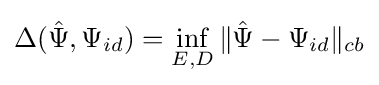
\Delta ({\hat {\Psi }},\Psi _{id})=\inf _{E,D}\|{\hat {\Psi }}-\Psi _{id}\|_{cb}